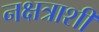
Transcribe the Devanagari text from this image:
नक्षत्राशी